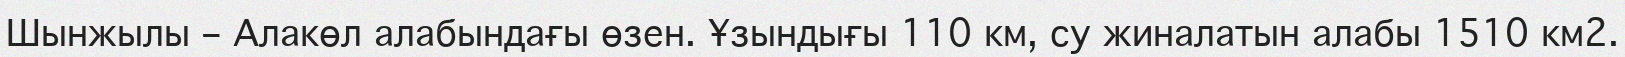
Шынжылы – Алакөл алабындағы өзен. Ұзындығы 110 км, су жиналатын алабы 1510 км2.